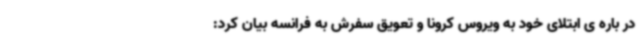
در باره ی ابتلای خود به ویروس کرونا و تعویق سفرش به فرانسه بیان کرد: